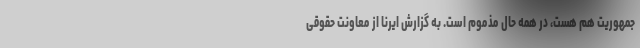
جمهوریت هم هست، در همه حال مذموم است. به گزارش ایرنا از معاونت حقوقی